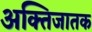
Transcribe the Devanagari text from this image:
अक्तिजातक